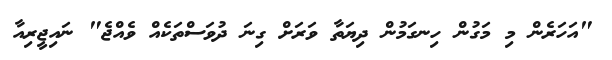
"އަހަރެން މި މަގުން ހިނގަމުން ދިޔަތާ ވަރަށް ގިނަ ދުވަސްތަކެއް ވެއްޖެ" ނައިޖީރިއާ